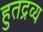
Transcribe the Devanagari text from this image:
हुतद्रव्य